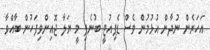
އަހަރެން ނުދާން އުޅުމުން ވެސް ޑެޕިއުޓީ ބުނެފި މީ ޔަލާ ޖޮއިންވިފަހުން ބާއްވާ